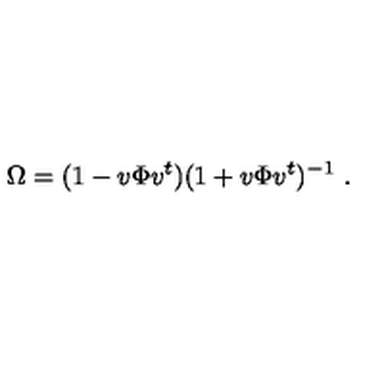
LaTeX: \Omega = ( 1 - v \Phi v ^ { t } ) ( 1 + v \Phi v ^ { t } ) ^ { - 1 } \ .